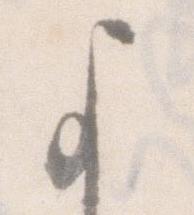
よ